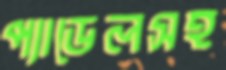
প্যাডেলসহ